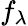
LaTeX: f_{\lambda}